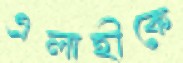
এলাহীকে